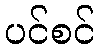
ပင်စင်